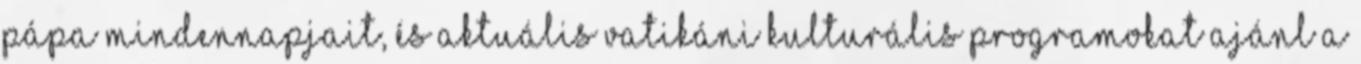
pápa mindennapjait, és aktuális vatikáni kulturális programokat ajánl a